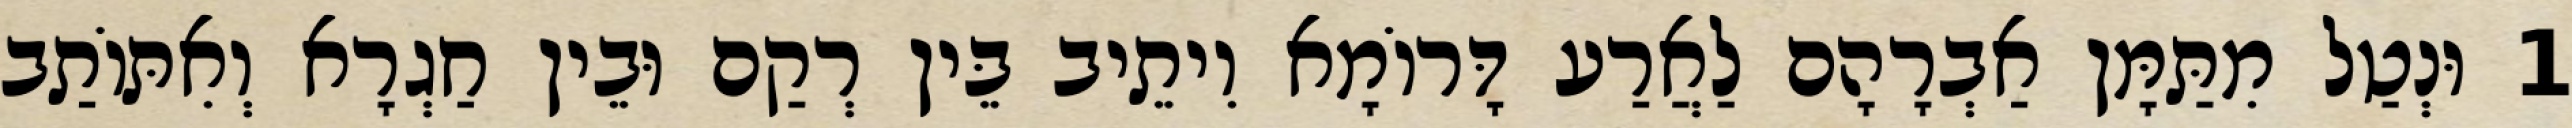
1 וּנְטַל מִתַּמָּן אַבְרָהָם לַאֲרַע דָּרוֹמָא וִיתֵיב בֵּין רְקַם וּבֵין חַגְרָא וְאִתּוֹתַב